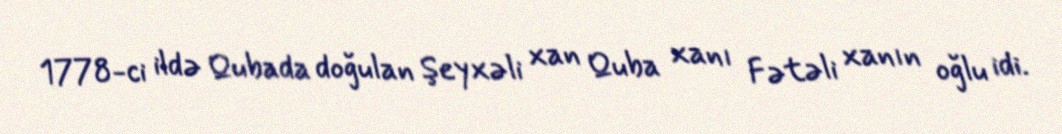
1778-ci ildə Qubada doğulan Şeyxəli xan Quba xanı Fətəli xanın oğlu idi.